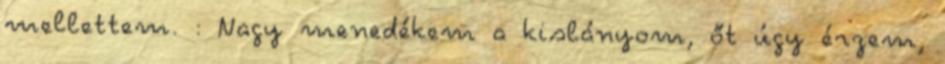
mellettem. : Nagy menedékem a kislányom, őt úgy érzem,